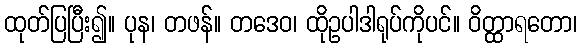
ထုတ်ပြပြီး၍။ ပုန၊ တဖန်။ တဒေဝ၊ ထိုဥပါဒါရုပ်ကိုပင်။ ဝိတ္ထာရတော၊